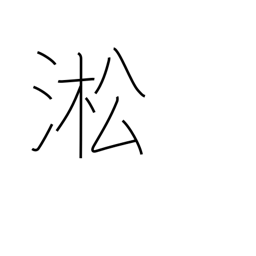
Meaning: name of a Chinese river